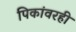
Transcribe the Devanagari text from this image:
पिकांवरही